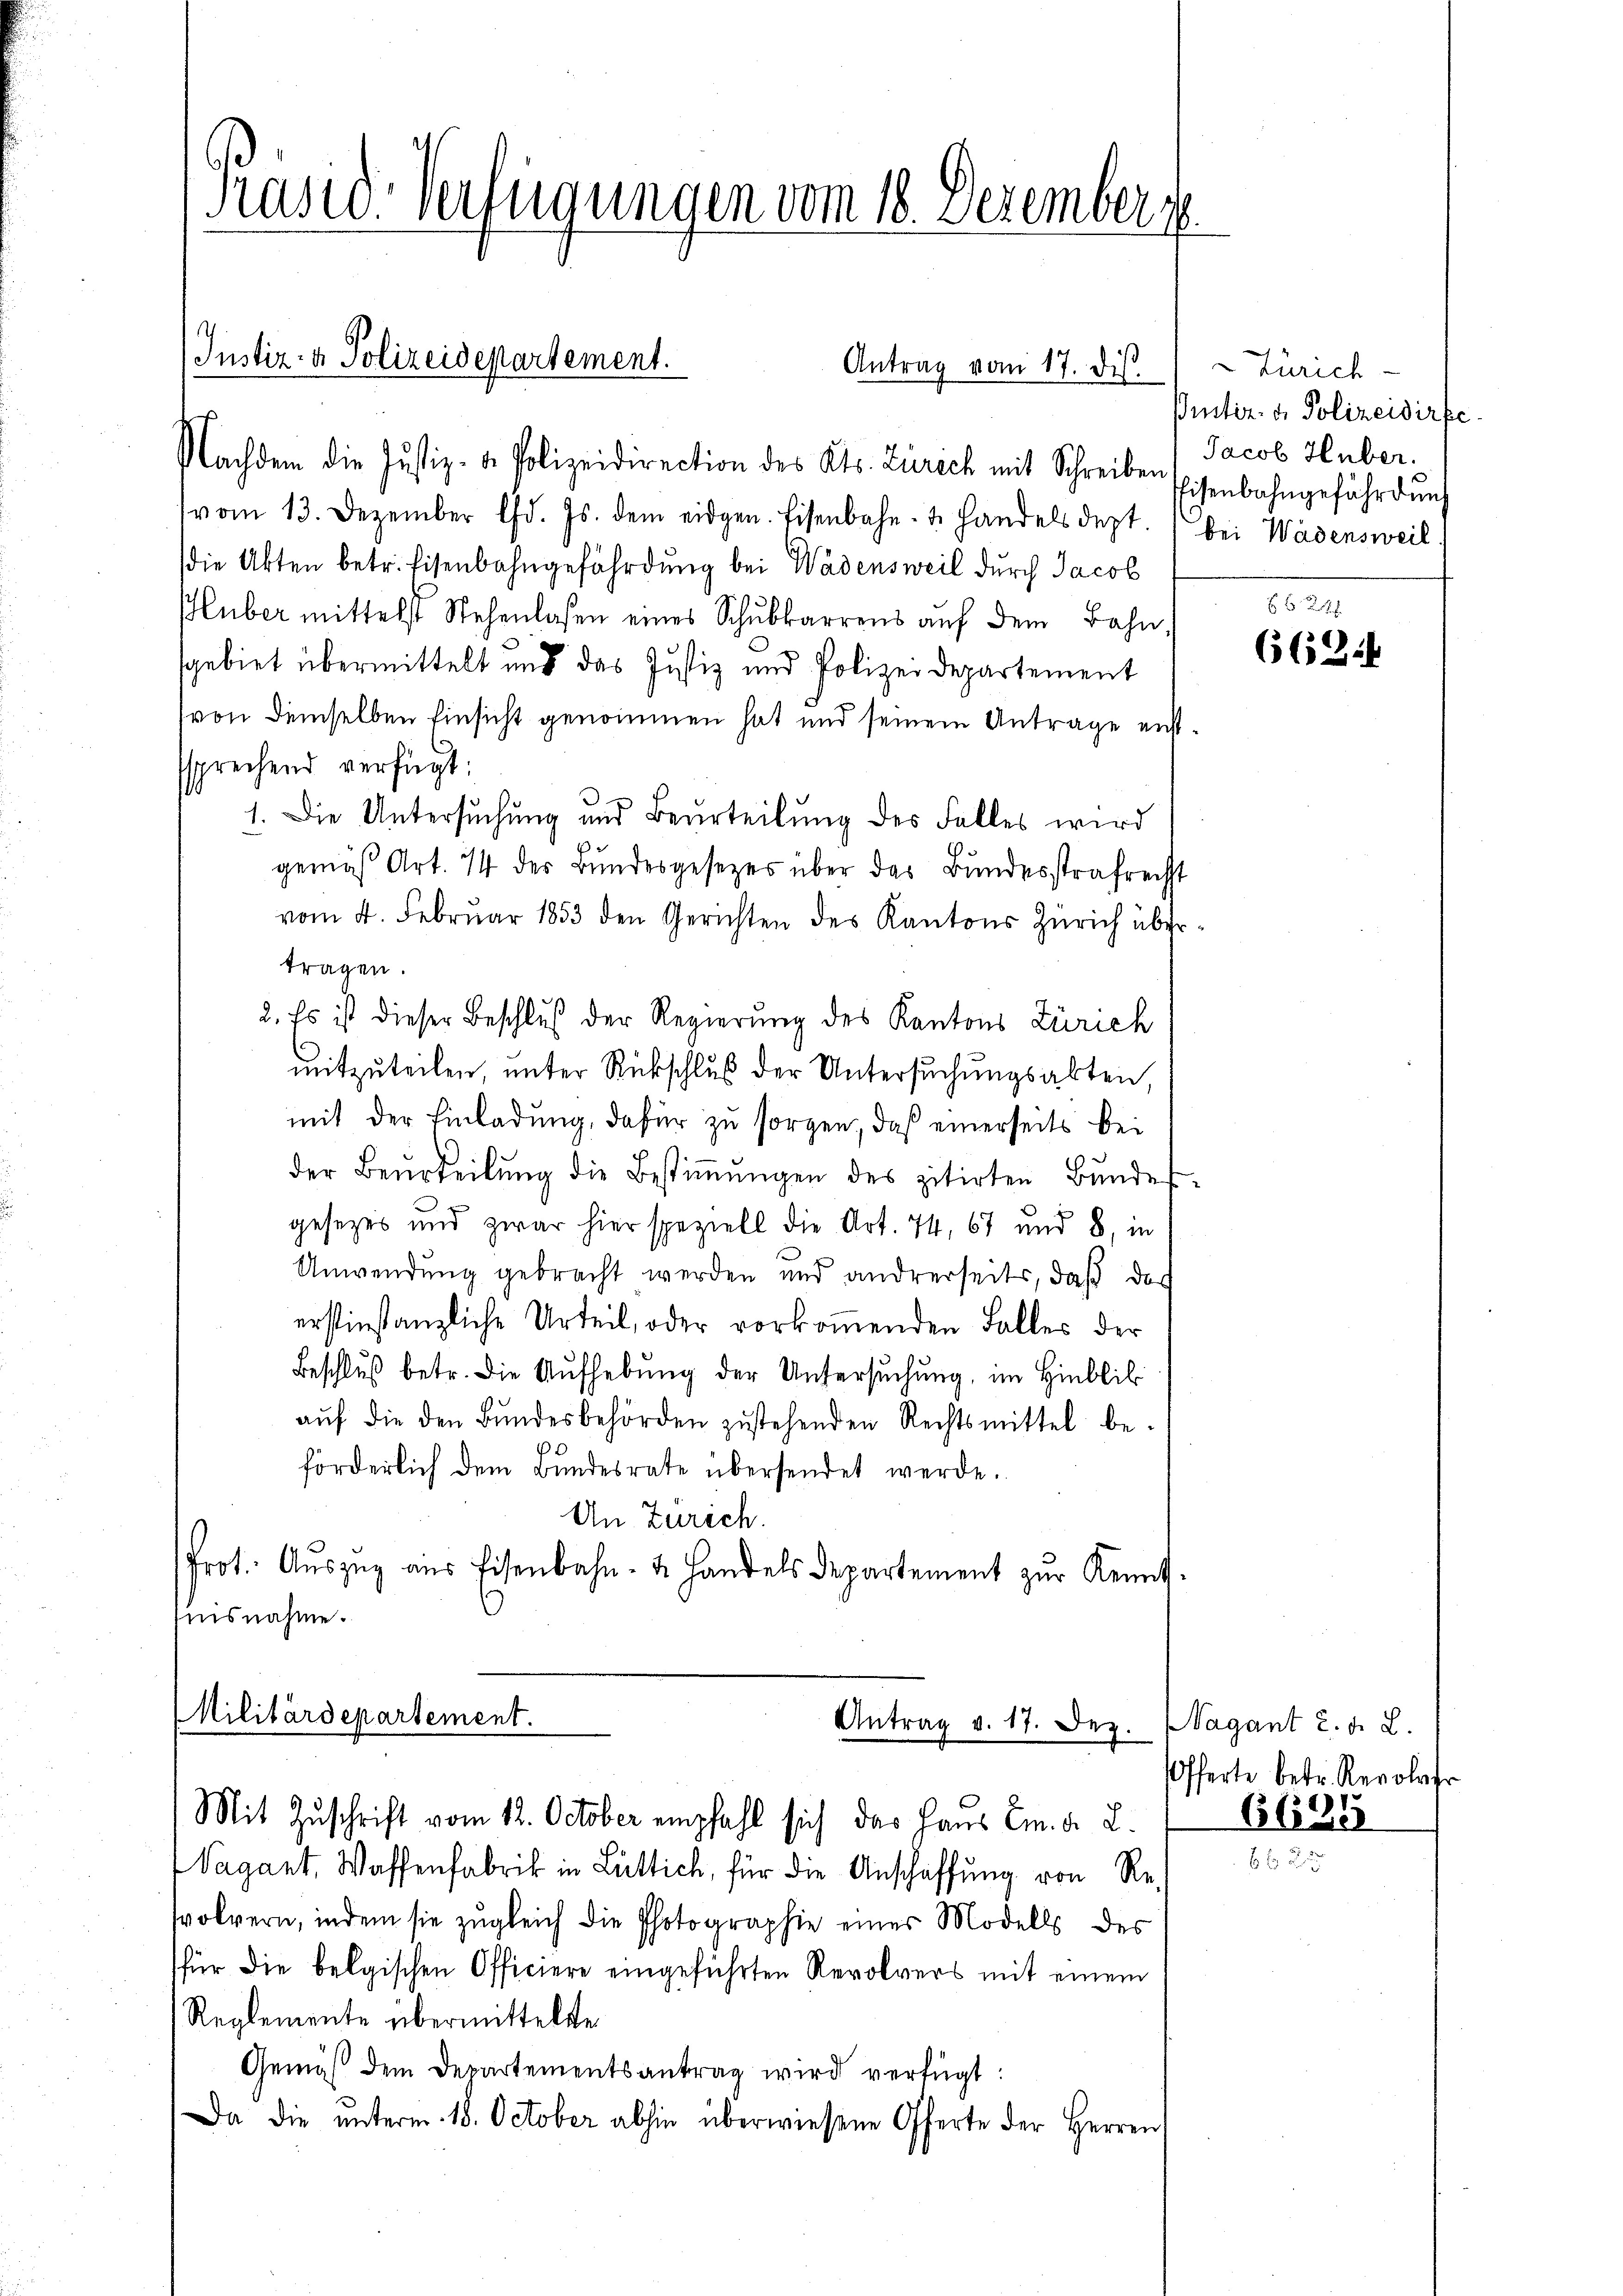
vom 13. Dezember d. Js. dem eidgen. Eisenbahn- u. handels dept. (Bei Wädensweil.
die Akten betr. Eisenbahngefährdung bei Wädensweil durch Jacob
Huber mittelst Stehenlassen eines Schŭbkarrens aŭf dem Bahn-
sgebiet übermittelt und das Justiz und Polizeidepartement
von demselben Einsicht genommen hat und seinem Antrage entssprechend verfügt:
1. Die Untersŭchŭng und Beurteilŭng des Falles wird
gemäß Art. 14 des Bundesgesezes über das Bundesstrafrechst
vom 4. Febrŭar 1853 den Gerichten des Kantons Zürich übertragen.
2. Es ist dieser Beschluß der Regierung des Kantons Zürich
mitzuteilen, unter Rückschluß der Untersuchungsakten,
mit der Einladung, dafür zu sorgen, daß einerseits beder Beurteilŭng die Bestiṁŭngen des zitirten Bŭndes-
gesezes und zwar hier speziell die Art. 74, 67 und 8, in
Anwendung gebracht werden und andrerseits, daß das
erstinstanzliche Urteil, oder vorkoṁenden Falles der
Beschluß betr. die Aufhebung der Untersuchung, im Hinblik
aŭf die den Bŭndesbehörden zŭstehenden Rechtsmittel be-
förderlich dem Bundesrate übersendet werde.
An Zürich.
Prot. Aŭszŭg aŭs Eisenbahn- u. Handels Departement zŭr Kennt-
nisnahme.

Prast. Verfügungen vom 18. Dezember

Instiz- & Polizeidepartement.
Antrag vom 17. dis.
Nachdem die Justiz- & Polizeidirection des Kts. Zürich mit Schreiben Eisenbahngefährdŭng

Vagant, Waffenfabrik in Lüttich, für die Anschaffung von Revolrern, indem sie zugleich die Photographie einer Modells des
für die belgischen Officiere eingeführten Revolvers mit einem
Reglemente übermittelte
Gemäβ dem Departementsantrag wird verfügt:
Da die ŭnterm 18. October abhin überwiesene Offerte der Herren

Militärdepartement.

Antrag v. 17. Dez.
Mit Zuschrift vom 12. October empfahl sich das Haus Em. d. L.

Zürich-
ßister. v. Polizeidirte
Jacob Huber.

662.

Nagant u. d. 2.
Offerte betr. Revolver
6635